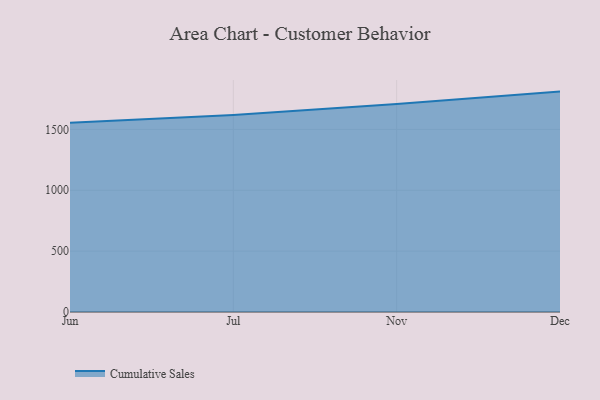
{"axis": {"x": "Month", "y": "Temperature (°C)"}, "legend": ["Cumulative Sales"], "data": [{"x": "Jun", "y": 1554.4, "type": "Cumulative Sales"}, {"x": "Jul", "y": 1619.0, "type": "Cumulative Sales"}, {"x": "Nov", "y": 1708.6, "type": "Cumulative Sales"}, {"x": "Dec", "y": 1810.6, "type": "Cumulative Sales"}]}